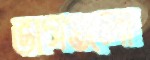
ভাগগুলো